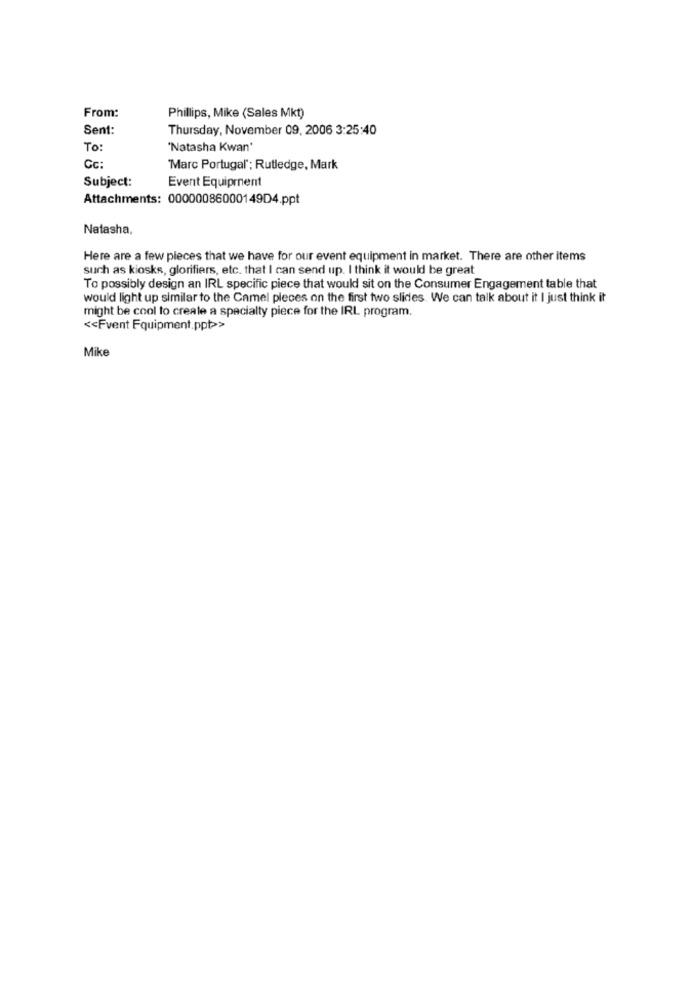
From:
Phillips, Mike (Sales Mkt)
Sent:
Thursday, November 09, 2006 3:25:40
To:
'Natasha Kwan'
Cc:
Marc Portugal : Rutledge, Mark
Subject:
Event Equipment
Attachments: 00000086000149D4.ppt
Natasha,
Here are a few pieces that we have for our event equipment in market. There are other items
such as kiosks, glorifiers, etc. that I can send up. I think it would be great
To possibly design an IRL specific piece that would sit on the Consumer Engagement table that
would light up similar to the Camel pleces on the first two slides. We can talk about it I just think it
might be cool to create a specialty piece for the IRL program.
<< Fvent Equipment.ppt>>
Mike